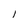
Character: l